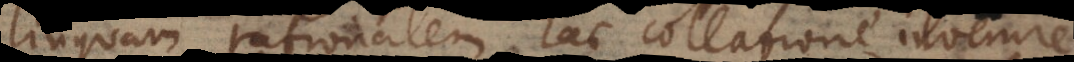
linguam rationalem hac collatione invenire